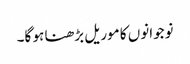
نوجوانوں کا موریل بڑھنا ہو گا۔